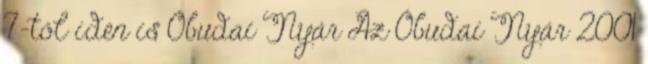
7-től idén is Óbudai Nyár Az Óbudai Nyár 2001